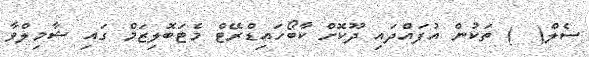
ސެލް(  ) ތަކުން އުފައްދައި ދޫކޮށް ކާބޯހައިޑްރޭޓް މެޓަބޮލިޒަމް ގައި ޝާމިލްވާ